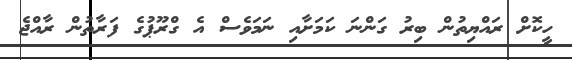
ހީކޮށް ރައްޔިތުން ބިރު ގަންނަ ކަމަށާއި ނަމަވެސް އެ ގްރޫޕުގެ ފަރާތުން ރާއްޖެ